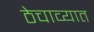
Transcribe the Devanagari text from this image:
ठेचाव्यात